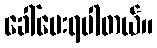
ခေါ်ပေးရပါတယ်။